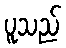
ပူသည်